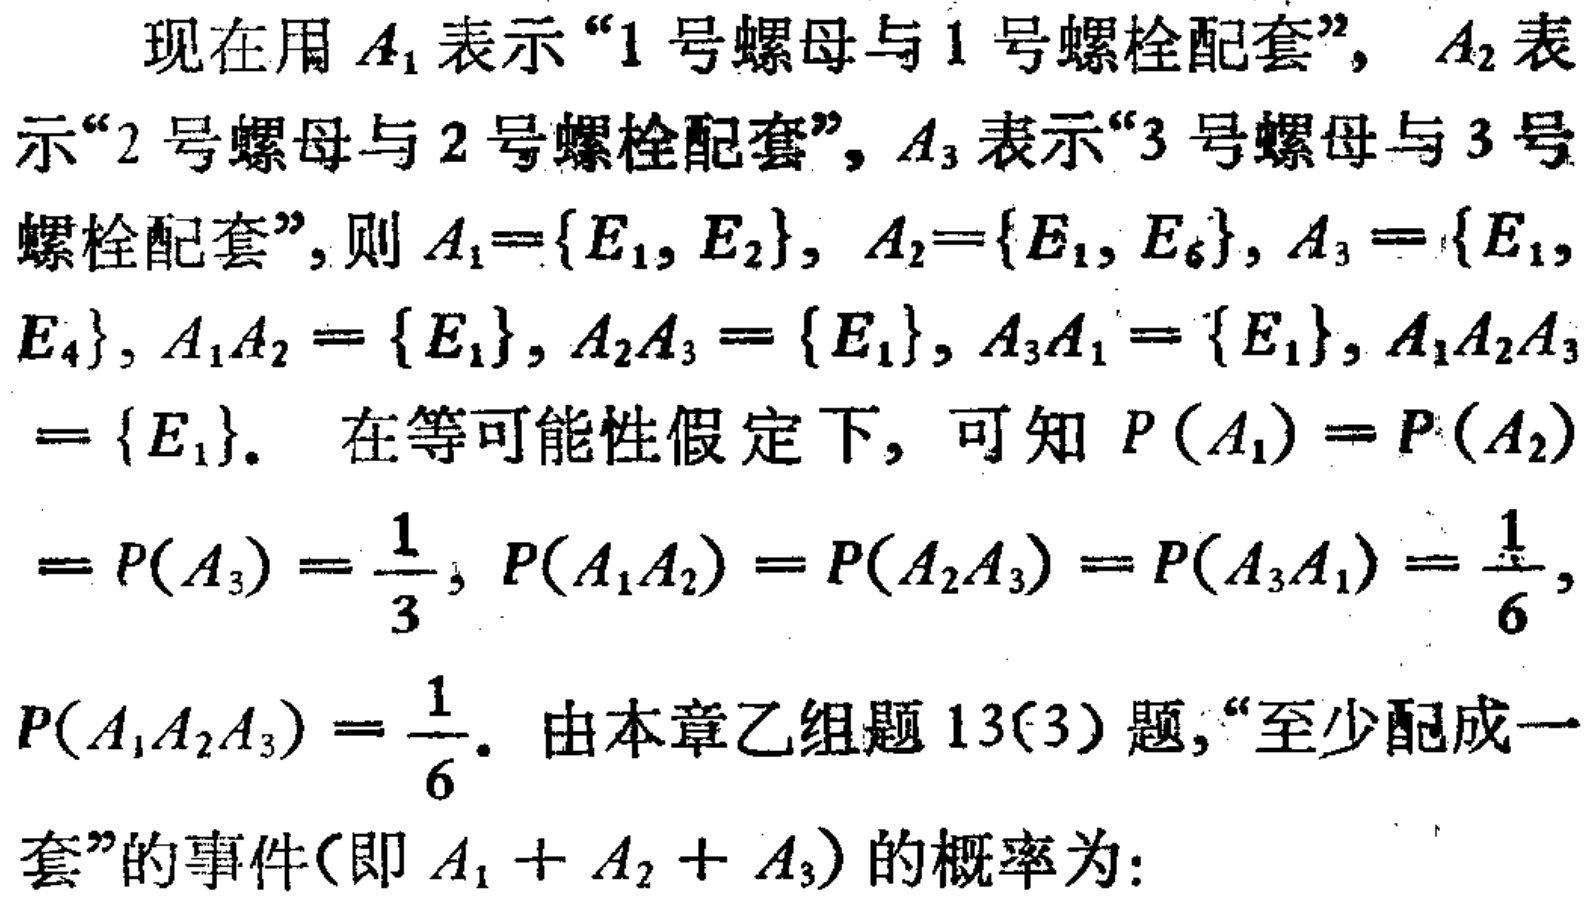
现在用 \(A_1\) 表示“1 号螺母与 1 号螺栓配套”，\(A_2\) 表示“2 号螺母与 2 号螺栓配套”，\(A_3\) 表示“3 号螺母与 3 号螺栓配套”，则 \(A_1 = \{E_1, E_2\}\)，\(A_2 = \{E_1, E_6\}\)，\(A_3 = \{E_1, E_4\}\)，\(A_1A_2 = \{E_1\}\)，\(A_2A_3 = \{E_1\}\)，\(A_3A_1 = \{E_1\}\)，\(A_1A_2A_3 = \{E_1\}\)。 在等可能性假定下，可知 \(P(A_1)=P(A_2)=P(A_3)=\frac{1}{3}\)，\(P(A_1A_2)=P(A_2A_3)=P(A_3A_1)=\frac{1}{6}\)，\(P(A_1A_2A_3)=\frac{1}{6}\)。由本章乙组题 13(3) 题，“至少配成一套”的事件（即 \(A_1 + A_2 + A_3\)）的概率为：